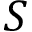
S